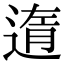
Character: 遀